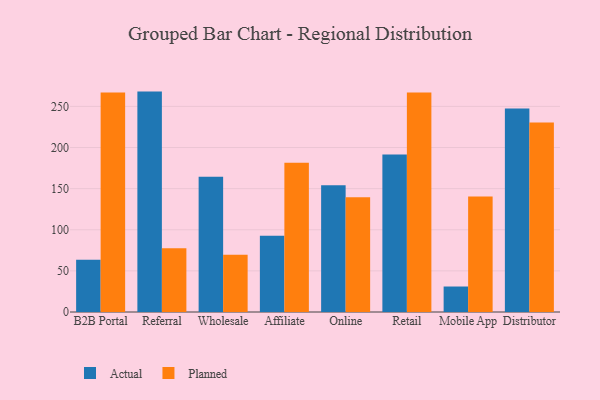
{"axis": {"x": "Channel", "y": "Headcount"}, "legend": ["Actual", "Planned"], "data": [{"x": "B2B Portal", "y": 63.6, "type": "Actual"}, {"x": "B2B Portal", "y": 266.8, "type": "Planned"}, {"x": "Referral", "y": 268.0, "type": "Actual"}, {"x": "Referral", "y": 77.6, "type": "Planned"}, {"x": "Wholesale", "y": 164.4, "type": "Actual"}, {"x": "Wholesale", "y": 69.7, "type": "Planned"}, {"x": "Affiliate", "y": 92.6, "type": "Actual"}, {"x": "Affiliate", "y": 181.4, "type": "Planned"}, {"x": "Online", "y": 154.0, "type": "Actual"}, {"x": "Online", "y": 139.6, "type": "Planned"}, {"x": "Retail", "y": 191.4, "type": "Actual"}, {"x": "Retail", "y": 267.0, "type": "Planned"}, {"x": "Mobile App", "y": 31.0, "type": "Actual"}, {"x": "Mobile App", "y": 140.5, "type": "Planned"}, {"x": "Distributor", "y": 247.4, "type": "Actual"}, {"x": "Distributor", "y": 230.3, "type": "Planned"}]}